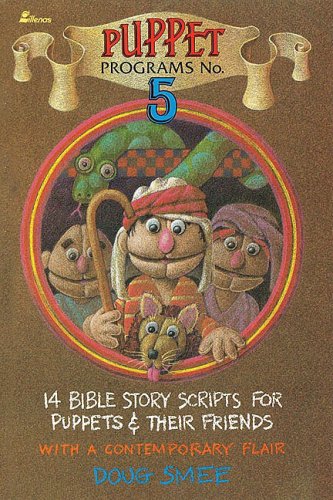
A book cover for Puppet Programs No. 5: 14 Bible Story Scripts for Puppets & Their Friends; Doug Smee; Literature & Fiction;